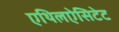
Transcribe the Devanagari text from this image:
एथिलऐसिटेट